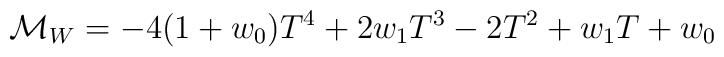
{\cal M}_W = -4(1+w_{0})T^{4}+2w_{1}T^{3}-2T^{2}+w_{1}T+w_{0}